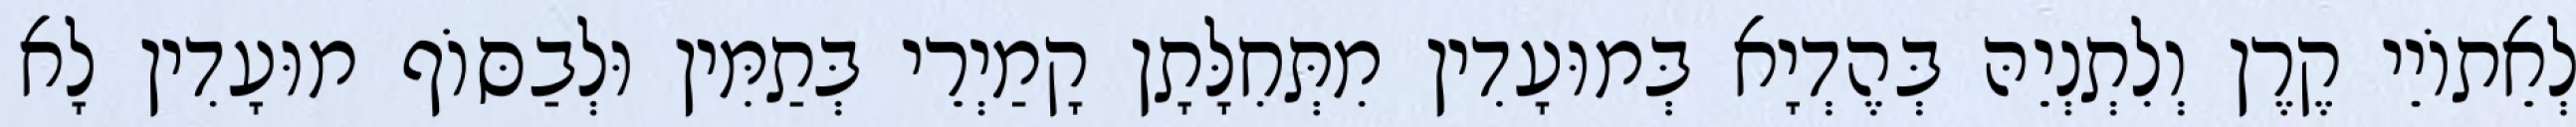
לְאֵתוֹיֵי קֶרֶן וְלִתְנְיֵהּ בְּהֶדְיָא בְּמוּעָדִין מִתְּחִלָּתָן קָמַיְרֵי בְּתַמִּין וּלְבַסּוֹף מוּעָדִין לָא